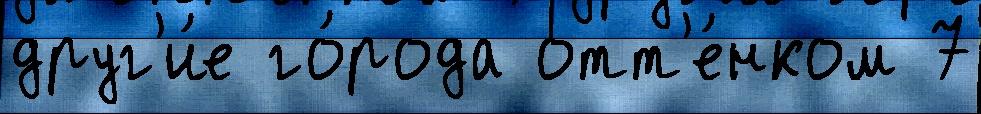
друг'и́е го́рода отт'е́нком 7